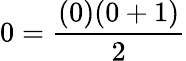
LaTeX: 0={\frac{(0)(0+1)}{2}}